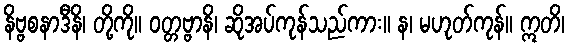
နိဗ္ဗစနာဒီနိ၊ တို့ကို။ ဝတ္တဗ္ဗာနိ၊ ဆိုအပ်ကုန်သည်ကား။ န၊ မဟုတ်ကုန်။ ဣတိ၊